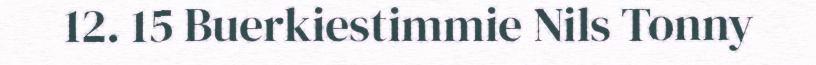
12. 15 Buerkiestimmie Nils Tonny